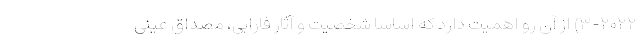
۳-۲۰۲۲) از آن رو اهمیت دارد که اساسا شخصیت و آثار فارابی، مصداق عینی